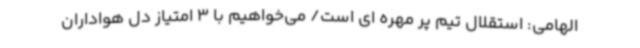
الهامی: استقلال تیم پر مهره ای است/ می‌خواهیم با 3 امتیاز دل هواداران